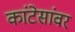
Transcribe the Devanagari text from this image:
कांटेसांवर